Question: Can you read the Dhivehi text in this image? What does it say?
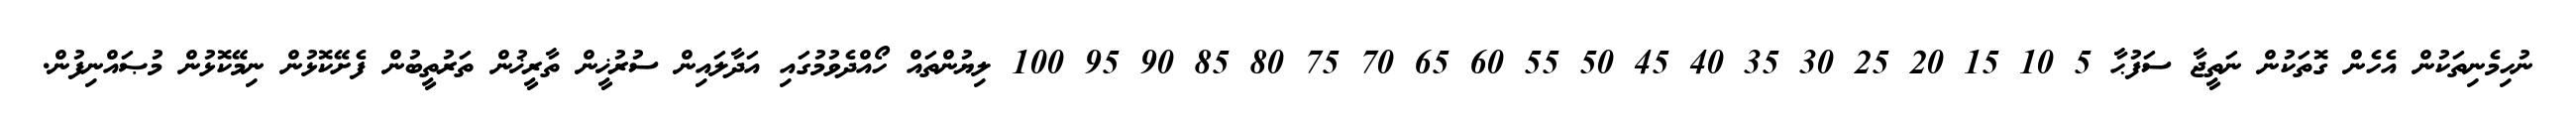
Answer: ނުހިމެނިތަކުން އެހެން ގޮތަކުން ނަތީޖާ ސަފުޙާ 5 10 15 20 25 30 35 40 45 50 55 60 65 70 75 80 85 90 95 100 ލިޔުންތައް ހޯއްދެވުމުގައި އަދާލައިން ސުރުޚީން ތާރީޚުން ތަރުތީބުން ފެށޭކޮޅުން ނިމޭކޮޅުން މުޞައްނިފުން.